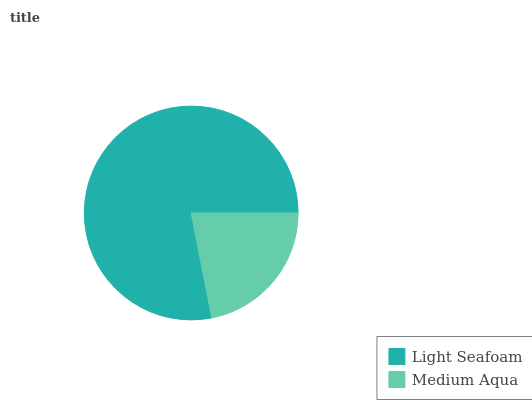
| Light Seafoam | Medium Aqua |
 | --- | --- |
 | 78.1% | 21.9% |